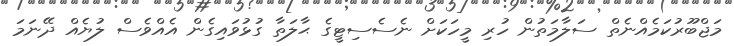
މަޖްބޫރުކަމެއްނެތް ސަލާމަތުން ހުރި މީހަކަށް ނެސެސިޓީގެ ޙާލަތާ ގުޅުވައިގެން އެއްވެސް ލުޔެއް ދޭނަމަ